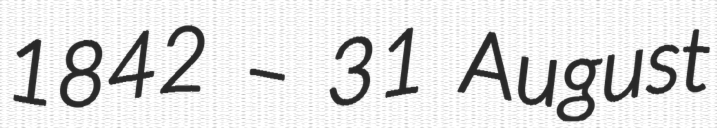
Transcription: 1842 – 31 August